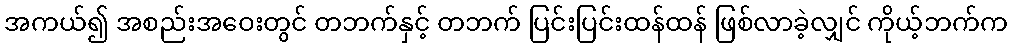
အကယ်၍ အစည်းအဝေးတွင် တဘက်နှင့် တဘက် ပြင်းပြင်းထန်ထန် ဖြစ်လာခဲ့လျှင် ကိုယ့်ဘက်က